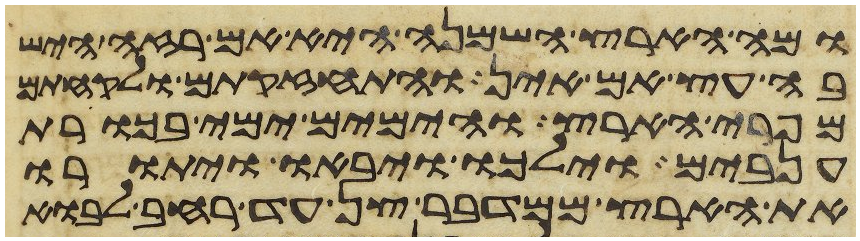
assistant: ומה הארץ השמנה היא אם רזה היש
בה עץ אם אין והתחזקתם ולקחתם
מפרי הארץ והימים ימי בכורת
ענבים וילכו ויבאו ויתורו
את הארץ ממדבר צן עד רחב לבוא